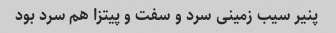
پنیر سیب زمینی سرد و سفت و پیتزا هم سرد بود